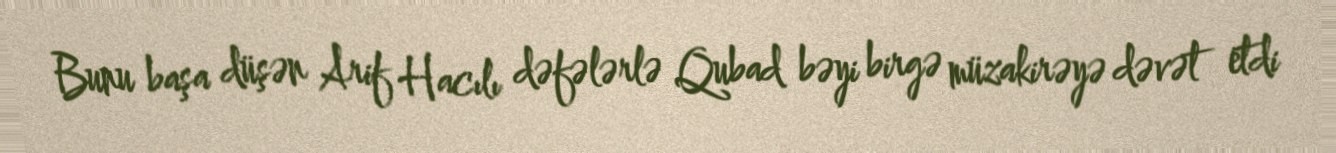
Bunu başa düşən Arif Hacılı dəfələrlə Qubad bəyi birgə müzakirəyə dəvət etdi